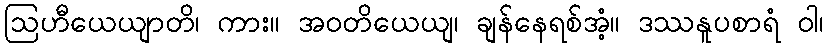
ဩဟီယေယျာတိ၊ ကား။ အဝတိယေယျ၊ ချန်နေရစ်အံ့။ ဒဿနူပစာရံ ဝါ၊